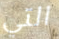
التي